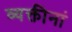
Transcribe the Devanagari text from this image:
व्यक्तीनां